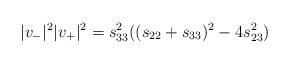
LaTeX: \begin{align*}|v_{-}|^2|v_+|^2 = s_{33}^2((s_{22} + s_{33})^2- 4 s_{23}^2)\end{align*}